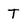
Character: T